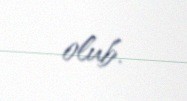
olub.